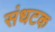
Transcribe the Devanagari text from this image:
संधटक